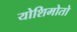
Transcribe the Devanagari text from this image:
योशिमोतो